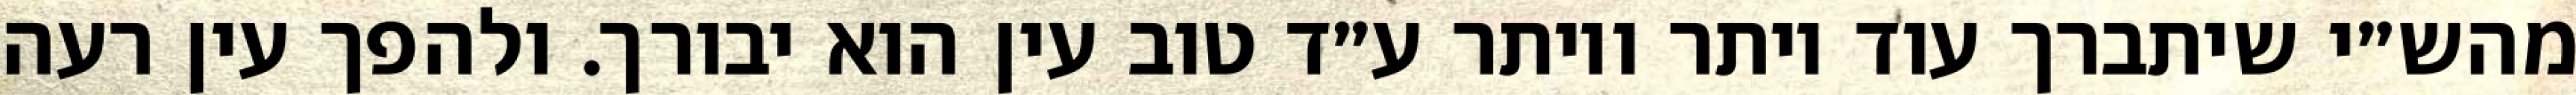
מהש״י שיתברך עוד יותר ויותר ע״ד טוב עין הוא יבורך. ולהפך עין רעה